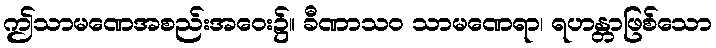
ဤသာမဏေအစည်းအဝေး၌။ ခီဏာသဝ သာမဏေရာ၊ ရဟန္တာဖြစ်သော